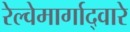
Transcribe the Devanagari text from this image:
रेल्वेमार्गाद्वारे